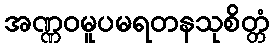
အဏ္ဏဝမူပမရတနသုစိတ္တံ